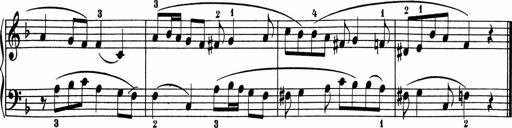
Title: 5 Sonatinen fÃ¼r die Jugend
Composer: Carl Reinecke